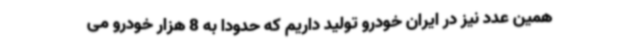
همین عدد نیز در ایران خودرو تولید داریم که حدودا به 8 هزار خودرو می